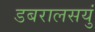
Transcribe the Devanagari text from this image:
डबरालसयुं